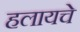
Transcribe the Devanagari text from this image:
हलायचे